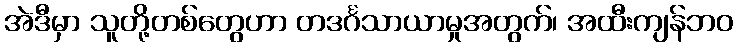
အဲဒီမှာ သူတို့တစ်တွေဟာ တဒင်္ဂသာယာမှုအတွက်၊ အထီးကျန်ဘဝ